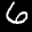
Digit: 6